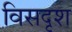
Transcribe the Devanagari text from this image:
विसदृश